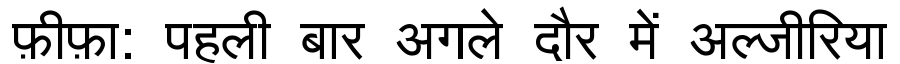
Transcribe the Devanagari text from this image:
फ़ीफ़ा: पहली बार अगले दौर में अल्जीरिया